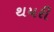
થયરી